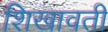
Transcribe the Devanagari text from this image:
शिखावती